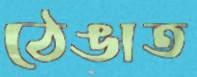
ঠেঙাত